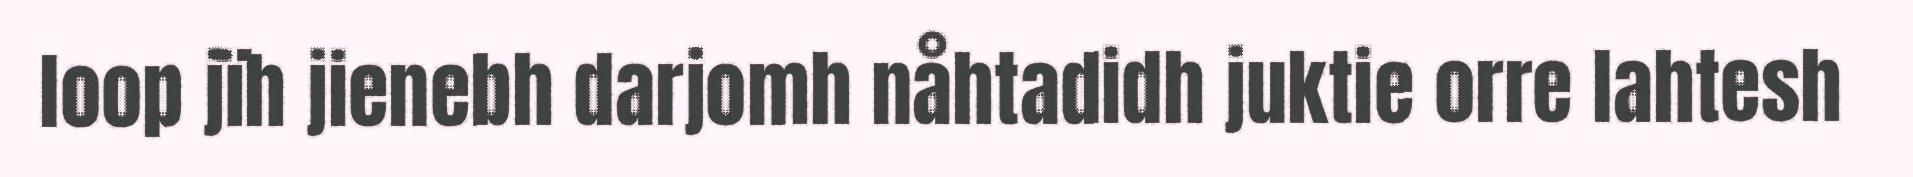
loop jïh jienebh darjomh nåhtadidh juktie orre lahtesh